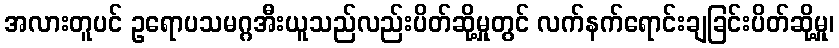
အလားတူပင် ဥရောပသမဂ္ဂအီးယူသည်လည်းပိတ်ဆို့မှုတွင် လက်နက်ရောင်းချခြင်းပိတ်ဆို့မှု၊